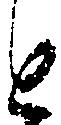
と